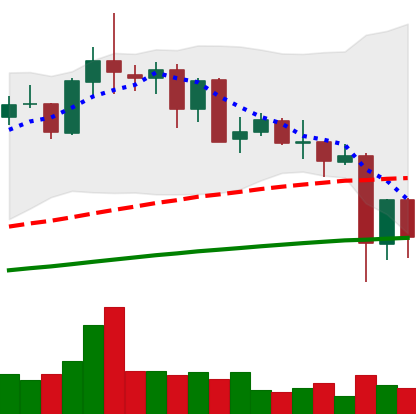
Ticker: NEO-USD
Chart end date: 2021-05-21
Forward return: 7.646%
Label: up_7plus